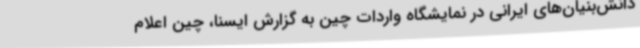
دانش‌بنیان‌های ایرانی در نمایشگاه واردات چین به گزارش ایسنا، چین اعلام